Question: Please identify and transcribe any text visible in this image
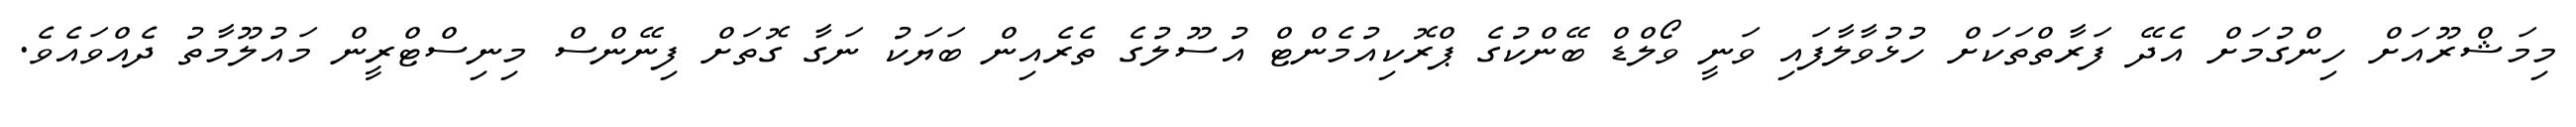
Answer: މިމަޝްރޫއަށް ހިންގުމަށް އެދޭ ފަރާތްތަކަށް ހުޅުވާލާފައި ވަނީ ވޯލްޑް ބޭންކުގެ ޕްރޮކިއުމެންޓް އުސޫލުގެ ތެރެއިން ބަޔަކު ނަގާ ގޮތަށް ފިނޭންސް މިނިސްޓްރީން މައުލޫމާތު ދެއްވައެވެ.